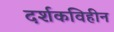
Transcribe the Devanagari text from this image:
दर्शकविहीन